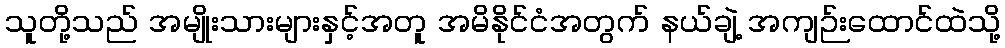
သူတို့သည် အမျိုးသားများနှင့်အတူ အမိနိုင်ငံအတွက် နယ်ချဲ့ အကျဉ်းထောင်ထဲသို့